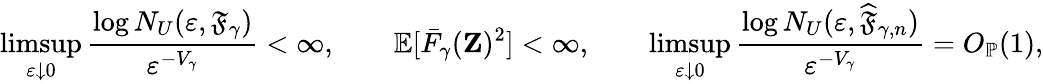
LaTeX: \operatorname*{limsup}_{\varepsilon\downarrow 0}\frac{\log N_{U}(\varepsilon,\mathfrak{F}_{\gamma})}{\varepsilon^{-V_{\gamma}}}<\infty,\qquad\mathbb{E}[\bar{F}_{\gamma}(\mathbf{Z})^{2}]<\infty,\qquad\operatorname*{limsup}_{\varepsilon\downarrow 0}\frac{\log N_{U}(\varepsilon,\widehat{\mathfrak{F}}_{\gamma,n})}{\varepsilon^{-V_{\gamma}}}=O_{\mathbb{P}}(1),